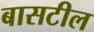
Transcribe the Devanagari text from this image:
बासटील